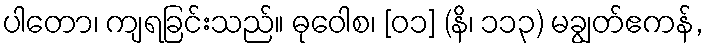
ပါတော၊ ကျရခြင်းသည်။ ဓုဝေါစ၊ [၀၁] (နိ၊ ၁၁၃) မချွတ်ဧကန်,